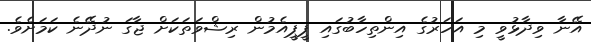
އޭނާ ވިދާޅުވީ މި އަހަރުގެ އިންތިހާބުގައި ޕީޕީއެމުން ރިޝްވަތަކަށް ޖާގަ ނުދޭނެ ކަމަށެވެ.